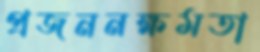
প্রজননক্ষমতা